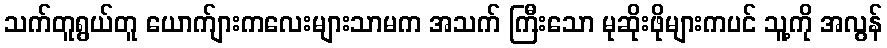
သက်တူရွယ်တူ ယောက်ျားကလေးများသာမက အသက် ကြီးသော မုဆိုးဖိုများကပင် သူ့ကို အလွန်